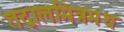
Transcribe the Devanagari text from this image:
तद्बालमित्रमथ